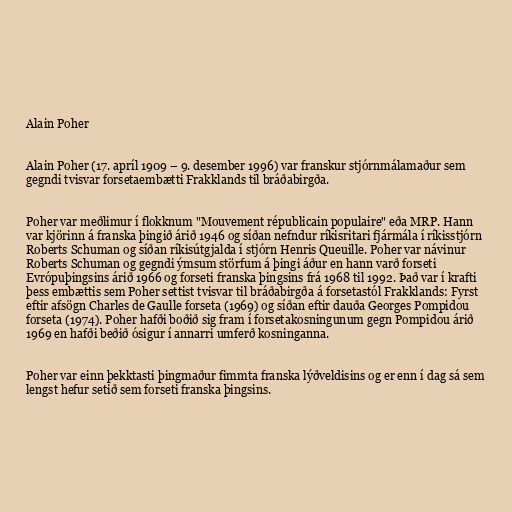
Alain Poher

Alain Poher (17. apríl 1909 – 9. desember 1996) var franskur stjórnmálamaður sem
gegndi tvisvar forsetaembætti Frakklands til bráðabirgða.

Poher var meðlimur í flokknum "Mouvement républicain populaire" eða MRP. Hann
var kjörinn á franska þingið árið 1946 og síðan nefndur ríkisritari fjármála í ríkisstjórn
Roberts Schuman og síðan ríkisútgjalda í stjórn Henris Queuille. Poher var návinur
Roberts Schuman og gegndi ýmsum störfum á þingi áður en hann varð forseti
Evrópuþingsins árið 1966 og forseti franska þingsins frá 1968 til 1992. Það var í krafti
þess embættis sem Poher settist tvisvar til bráðabirgða á forsetastól Frakklands: Fyrst
eftir afsögn Charles de Gaulle forseta (1969) og síðan eftir dauða Georges Pompidou
forseta (1974). Poher hafði boðið sig fram í forsetakosningunum gegn Pompidou árið
1969 en hafði beðið ósigur í annarri umferð kosninganna.

Poher var einn þekktasti þingmaður fimmta franska lýðveldisins og er enn í dag sá sem
lengst hefur setið sem forseti franska þingsins.